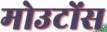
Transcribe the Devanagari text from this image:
मोउटोंस